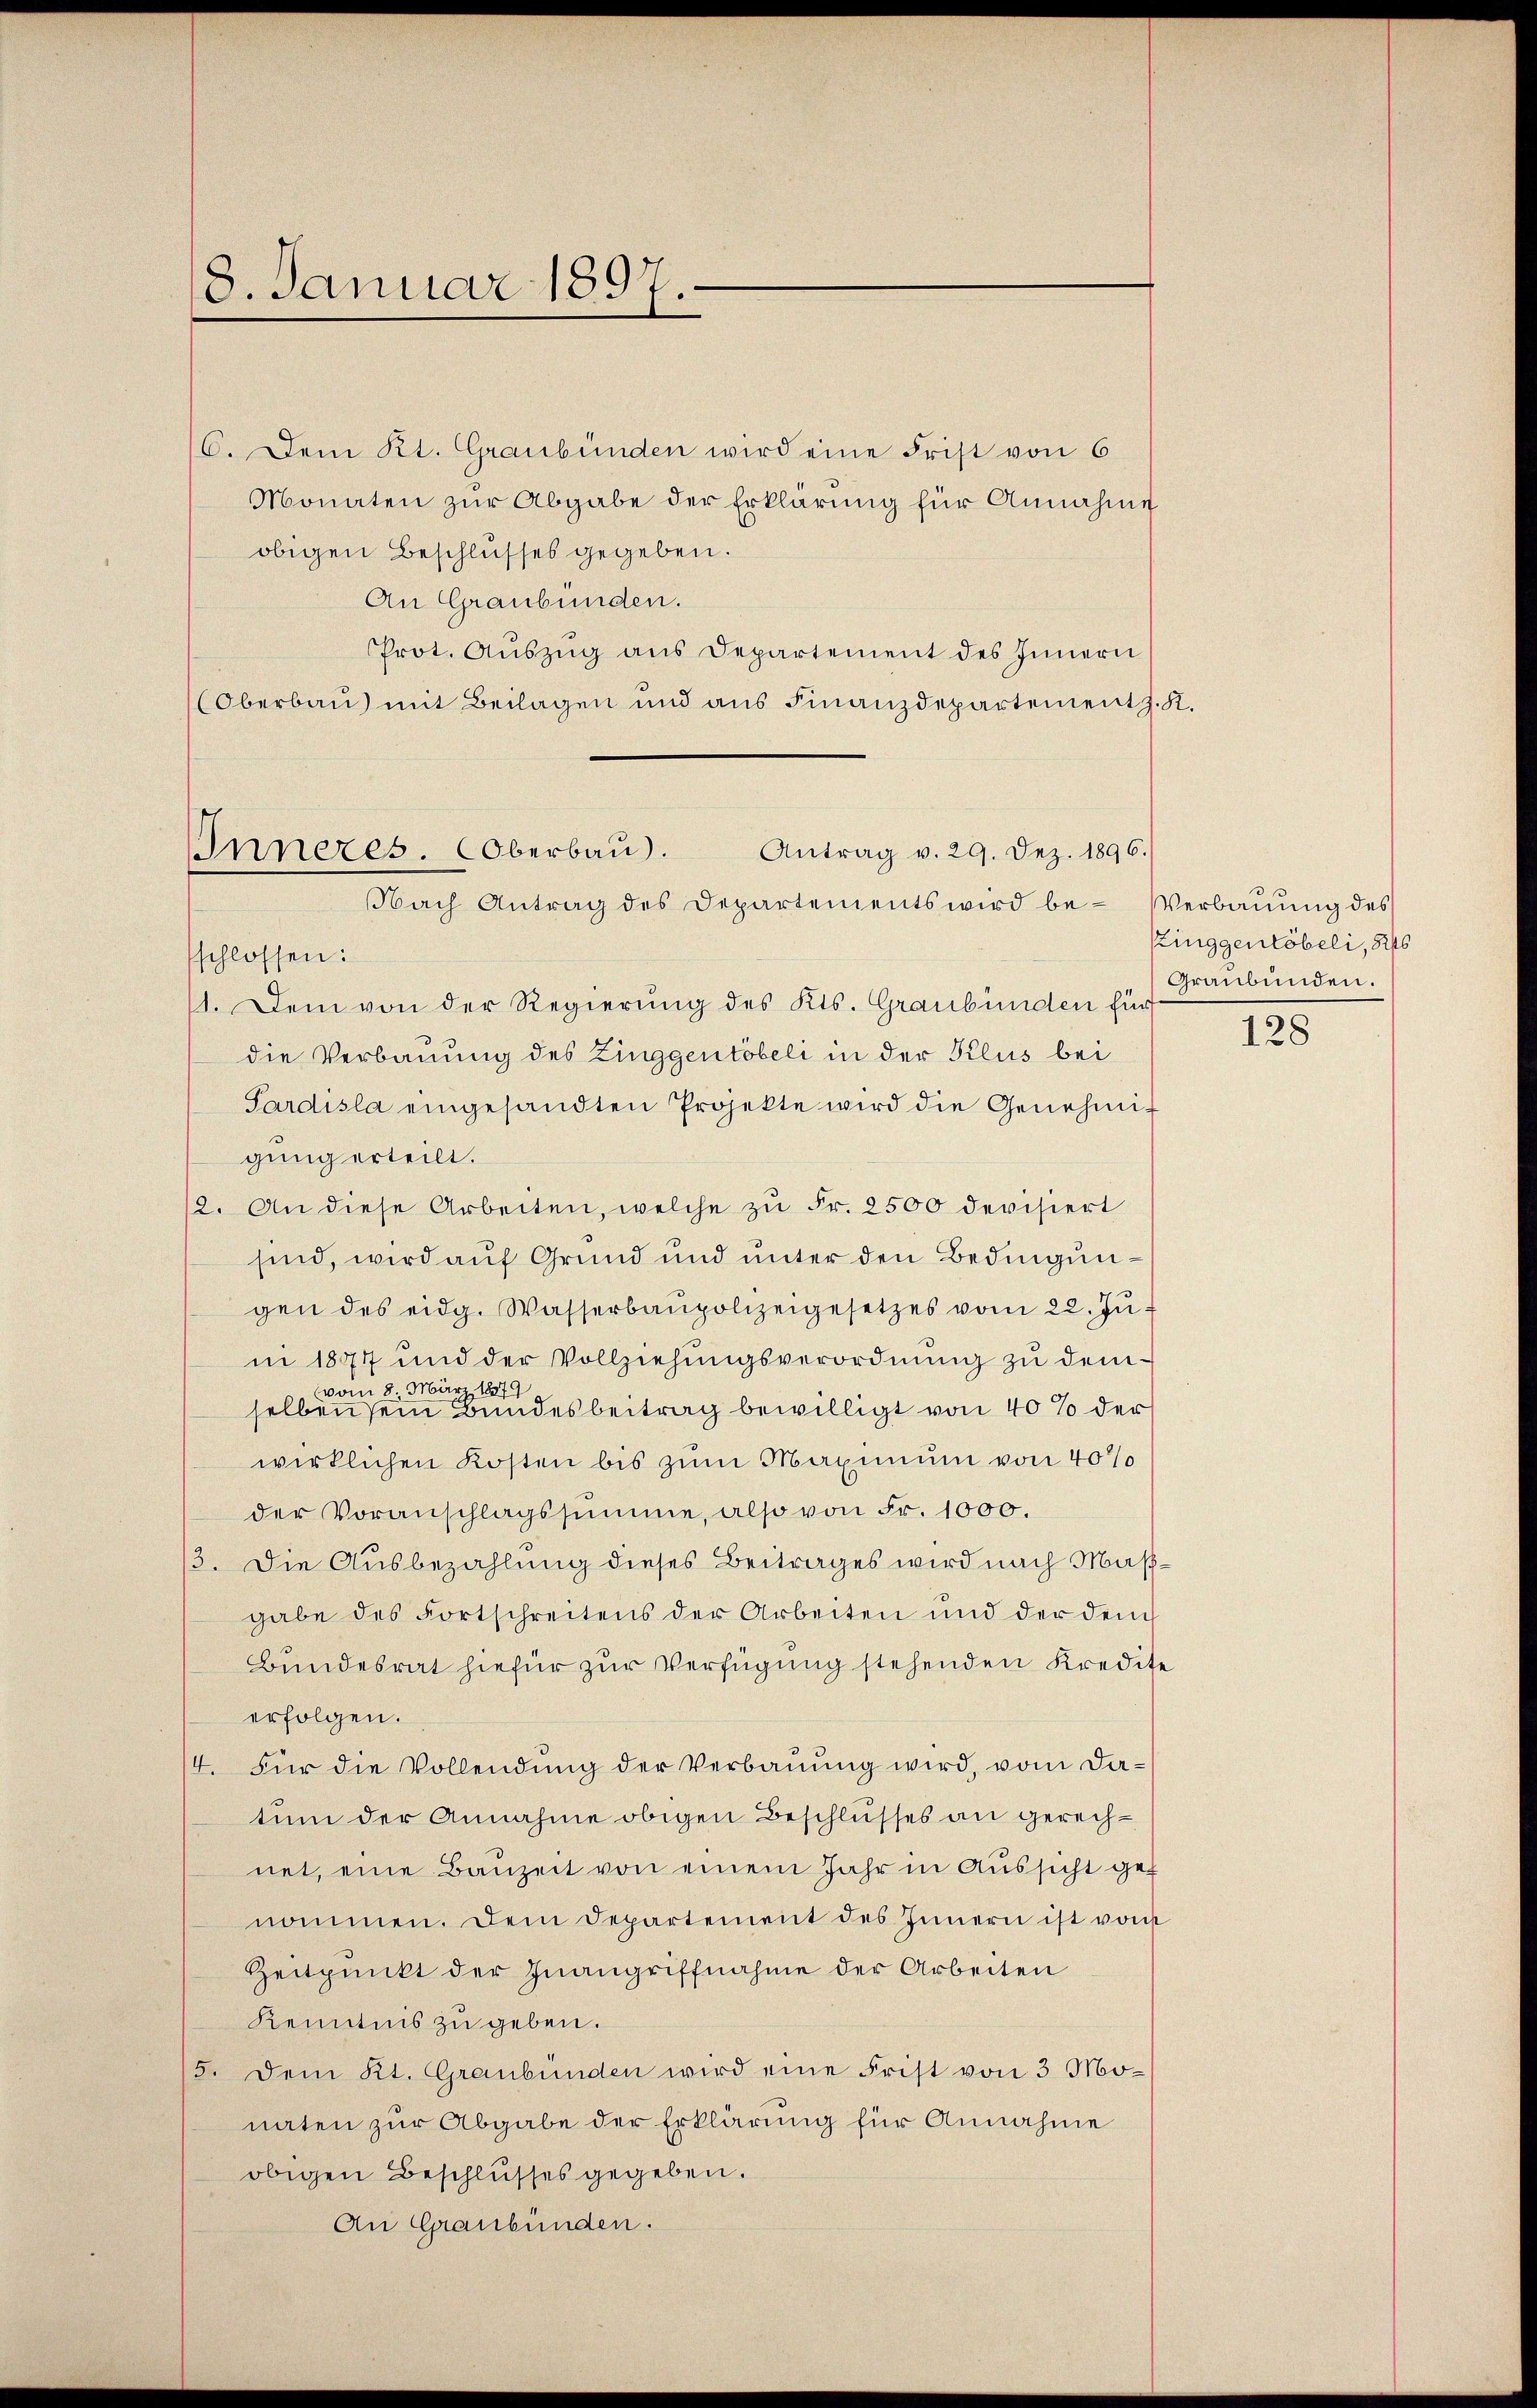
18. Januar 1891

Antrag v. 29. Dez. 1896.
Inneres. Oberbau.
Nach Antrag des Departements wird be- Verbauung des

6. Dem Kt. Graubünden wird eine Frist von 6
Monaten zur Abgabe der Erklärung für Annahme
obigen Beschlusses gegeben.
An Graubünden.
Prot. Aŭszŭg ans Departement des Innern
(Oberbau mit Beilagen und ans Finanzdepartement z.
schlossen:
1. Dem von der Regierung des Kts. Graubünden für
die Verbauung des Zinggentöbeli in der Klus bei
Pardisla eingesandten Projekte wird die Genehmigung erteilt.
2. An diese Arbeiten, welche zu Fr. 2500 devisiert
sind, wird auf Grund und unter den Bedingungen des eidg. Wasserbaupolizeigesetzes vom 22. Jŭ-
in 1877 und der Vollziehungsverordnung zu demvom 8. März 1879
selben sein Bundesbeitrag bewilligt von 40% der
wirklichen Kosten bis zum Maximum von 40%
der Voranschlagssumme, also von Fr. 1000.
13. Die Ausbezahlung dieses Beitrages wird nach Maßgabe des Fortschreitens der Arbeiten und der den
Bundesrat hiefür zur Verfügung stehenden Kredite
erfolgen.
4. Für die Vollendŭng der Verbaŭŭng wird, vom Datum der Annahme obigen Beschlusses an gerechnet, eine Baŭzeit von einem Jahr in Aŭssicht gef
nommen. Dem Departement des Innern ist vom
Zeitpunkt der Inangriffnahme der Arbeiten
Kenntnis zu geben.
5. Dem Kt. Graubünden wird eine Frist von 3 Monaten zur Abgabe der Erklärung für Annahme
obigen Beschlusses gegeben.
An Graubünden.

Kinggenlöbeli, 546
Graubünden.

128